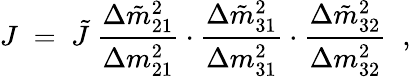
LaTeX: J\; =\; \tilde{J}~\frac{\Delta\tilde{m}_{21}^{2}}{\Delta m_{21}^{2}}\cdot\frac{\Delta\tilde{m}_{31}^{2}}{\Delta m_{31}^{2}}\cdot\frac{\Delta\tilde{m}_{32}^{2}}{\Delta m_{32}^{2}}\; \; ,